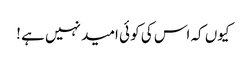
کیوں کہ اس کی کو ئی امید نہیں ہے !